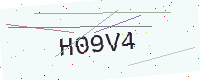
Text: H09V4